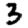
Digit: 3